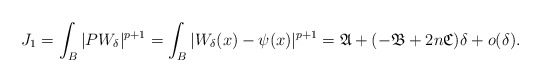
\begin{align*}J_1=\int_{{B}}|PW_\delta|^{p+1}=\int_{{B}}|W_{\delta}(x)-\psi(x)|^{p+1}=\mathfrak{A}+(-\mathfrak{B}+2n \mathfrak{C})\delta+o(\delta).\end{align*}